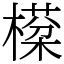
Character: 㯣